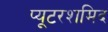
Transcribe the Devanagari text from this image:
प्यूटरशमिद